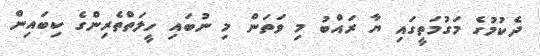
ދެކުމުގެ މަގުމަތީގައި ޔާ ރައްބު މި ވަތަން މި ނުބައި ހީލަތްތެރިންގެ ކިބައިން